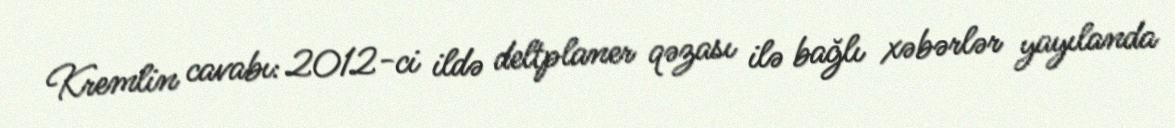
Kremlin cavabı: 2012-ci ildə deltplaner qəzası ilə bağlı xəbərlər yayılanda